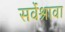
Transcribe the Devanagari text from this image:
सर्वेश्रावा